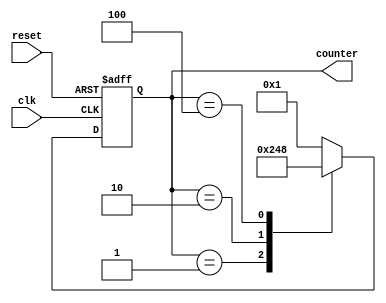
module johnson_counter (
    input clk,
    input reset,
    output reg [3:0] counter
);

always @ (posedge clk or posedge reset)
begin
    if (reset)
        counter <= 4'b0001;
    else
        case (counter)
            4'b0001: counter <= 4'b0010;
            4'b0010: counter <= 4'b0100;
            4'b0100: counter <= 4'b1000;
            4'b1000: counter <= 4'b0001;
            default: counter <= 4'b0001;
        endcase
end

endmodule